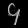
Digit: ၄